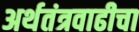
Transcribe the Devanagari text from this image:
अर्थतंत्रवाढीचा